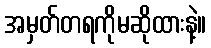
အမှတ်တရကိုမဆိုထားနဲ့။